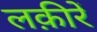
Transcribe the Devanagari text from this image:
लक़ीरें